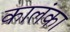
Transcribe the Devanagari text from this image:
कालंका